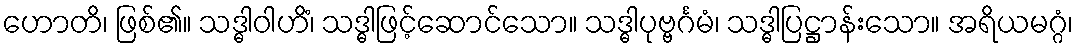
ဟောတိ၊ ဖြစ်၏။ သဒ္ဓါဝါဟိံ၊ သဒ္ဓါဖြင့်ဆောင်သော။ သဒ္ဓါပုဗ္ဗင်္ဂမံ၊ သဒ္ဓါပြဋ္ဌာန်းသော။ အရိယမဂ္ဂံ၊